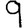
Digit: 9